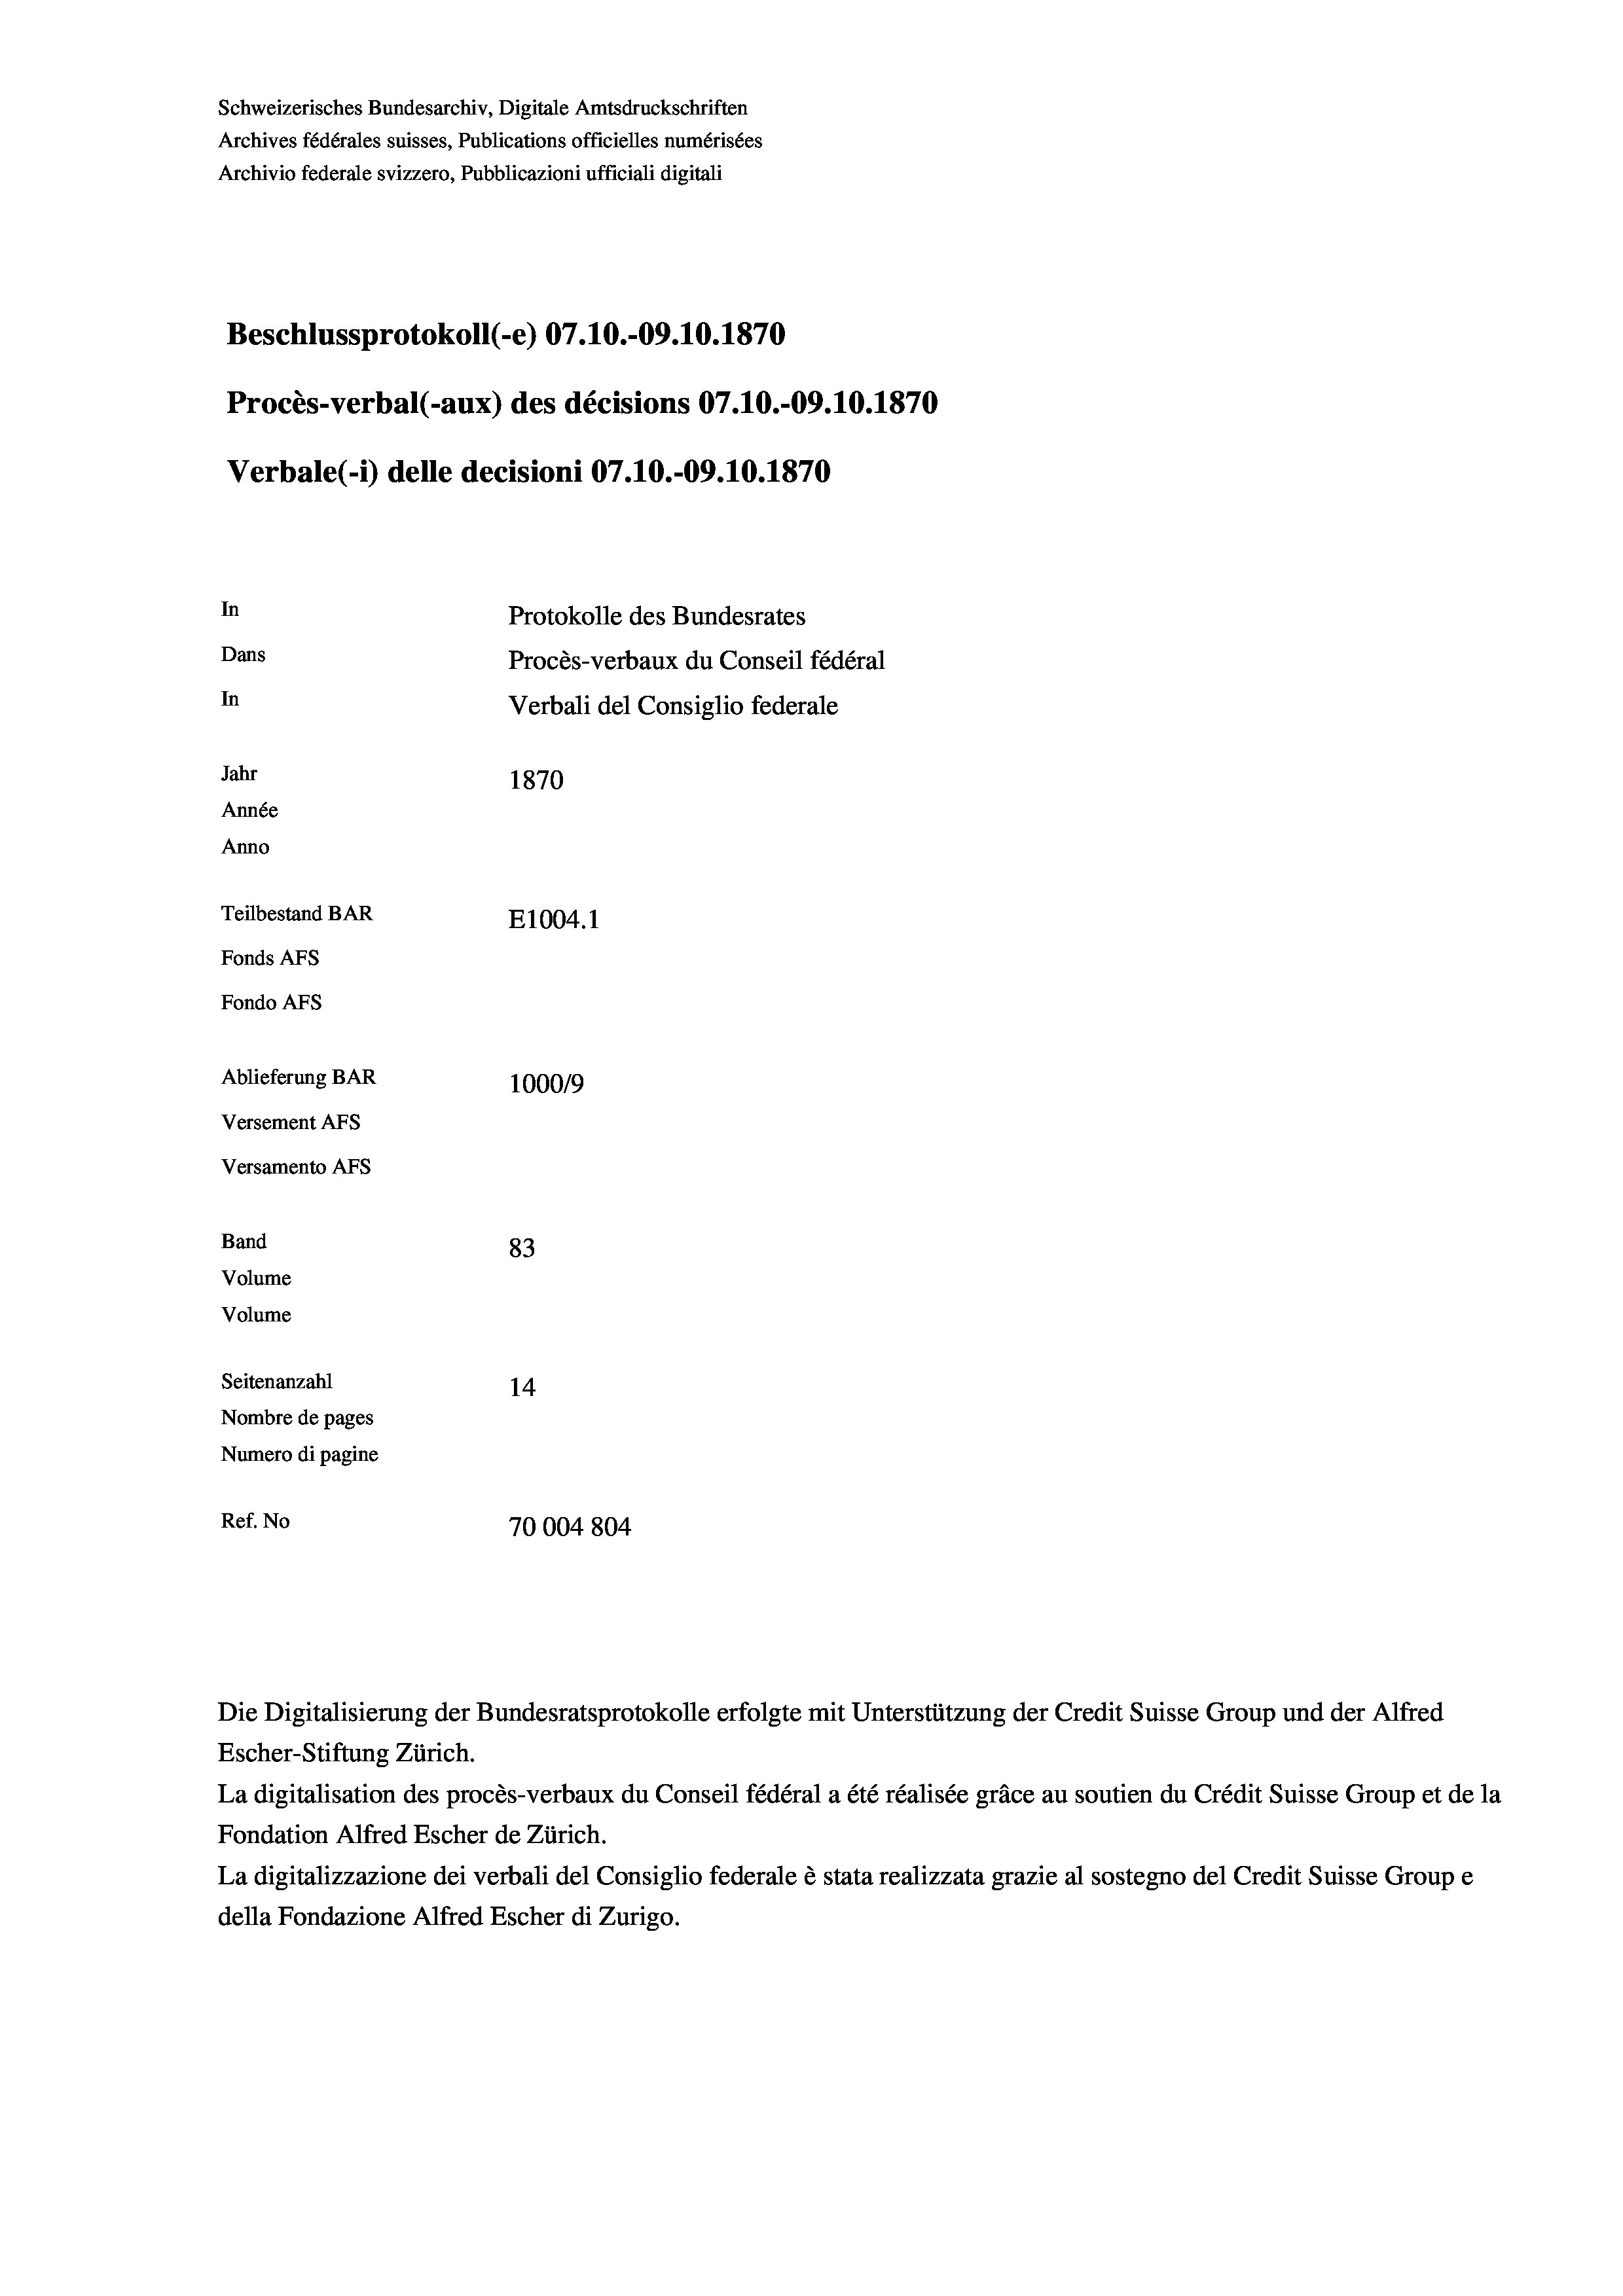
Schweizerisches Bundesarchiv, Digitale Amtsdruckschriften
Archives fédérales suisses, Publications officielles numérisées
Archivio federale svizzero, Pubblicazioni ufficiali digitali
Beschlussprotokoll (-e) 07.10.-09.10.1870
Procès-verbal (-aux) des décisions 07.10.-09.10.1870
Verbale(-*) delle decisioni 07.10.-09.10.1870
In
Protokolle des Bundesrates
Dans
Procès-verbaux du Conseil fédéral
In
Verbali del Consiglio federale
Jahr
1870
Année
Anno
Teilbestand BAR
E1004. 1
Fonds AFs
Fondo AFS
Ablieferung BAR
100019

Versement AFs
Versamento AFs
Band
Volume
Volume
Seitenanzahl

83
14
Nombre de pages
Numero di pagine
Ref. No
70004 804

Die Digitalisierung der Bundesratsprotokolle erfolgte mit Unterstützung der Credit Suisse Group und der Alfred
Escher-Stiftung Zürich.
La digitalisation des procès-verbaux du Conseil fédéral a été réalisée gräce au soutien du Crédit Suisse Group et de la
Fondation Alfred Escher de Zürich.
La digitalizzazione dei verbali del Consiglio federale è stata realizzata grazie al sostegno del Credit Suisse Groupe
della Fondazione Alfred Escher di Zurigo.